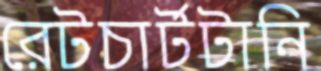
রেটচার্টটানি